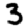
Digit: 3